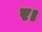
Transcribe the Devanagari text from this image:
र।